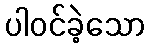
ပါဝင်ခဲ့သော